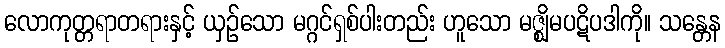
လောကုတ္တရာတရားနှင့် ယှဉ်သော မဂ္ဂင်ရှစ်ပါးတည်း ဟူသော မဇ္ဈိမပဋိပဒါကို။ သန္တေန